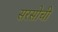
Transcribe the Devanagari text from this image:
सरसोची